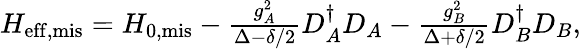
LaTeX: \begin{array}{r}{H_{\mathrm{eff,mis}}=H_{\mathrm{0,mis}}-\frac{g_{A}^{2}}{\Delta-\delta/2}D_{A}^{\dagger}D_{A}-\frac{g_{B}^{2}}{\Delta+\delta/2}D_{B}^{\dagger}D_{B},}\end{array}